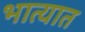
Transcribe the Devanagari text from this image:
भात्यात